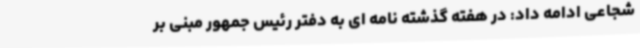
شجاعی ادامه داد: در هفته گذشته نامه ای به دفتر رئیس جمهور مبنی بر